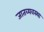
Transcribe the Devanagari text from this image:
जातव्यवस्था